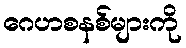
ဂေဟစနစ်များကို